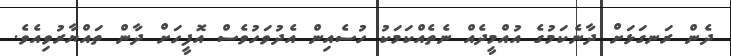
ދެން ރަނގަޅަށް ދާނެކަމުގެ އުއްމީދެއް ނެތެއްކަމަކު ހުސެއިން އެދުވަހުވެސް އޮފީހަށް ދާން ތައްޔާރުވިއެވެ.